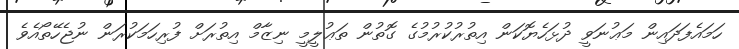
ހަމައެފަދައިން މަޢުނަވީ ދުޅަހެޔޮކަން އިތުރުކުރުމުގެ ގޮތުން ތަޢުލީމީ ނިޒާމް އިތުރަށް ފުރިހަމަކުރަން ނުޖެހޭތޯއެވެ